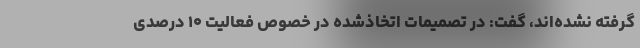
گرفته نشده‌اند، گفت: در تصمیمات اتخاذشده در خصوص فعالیت ۱۰ درصدی